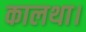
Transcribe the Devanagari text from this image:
कालथा।